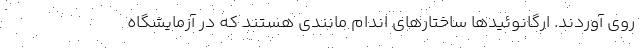
روی آوردند. ارگانوئیدها ساختارهای اندام مانندی هستند که در آزمایشگاه